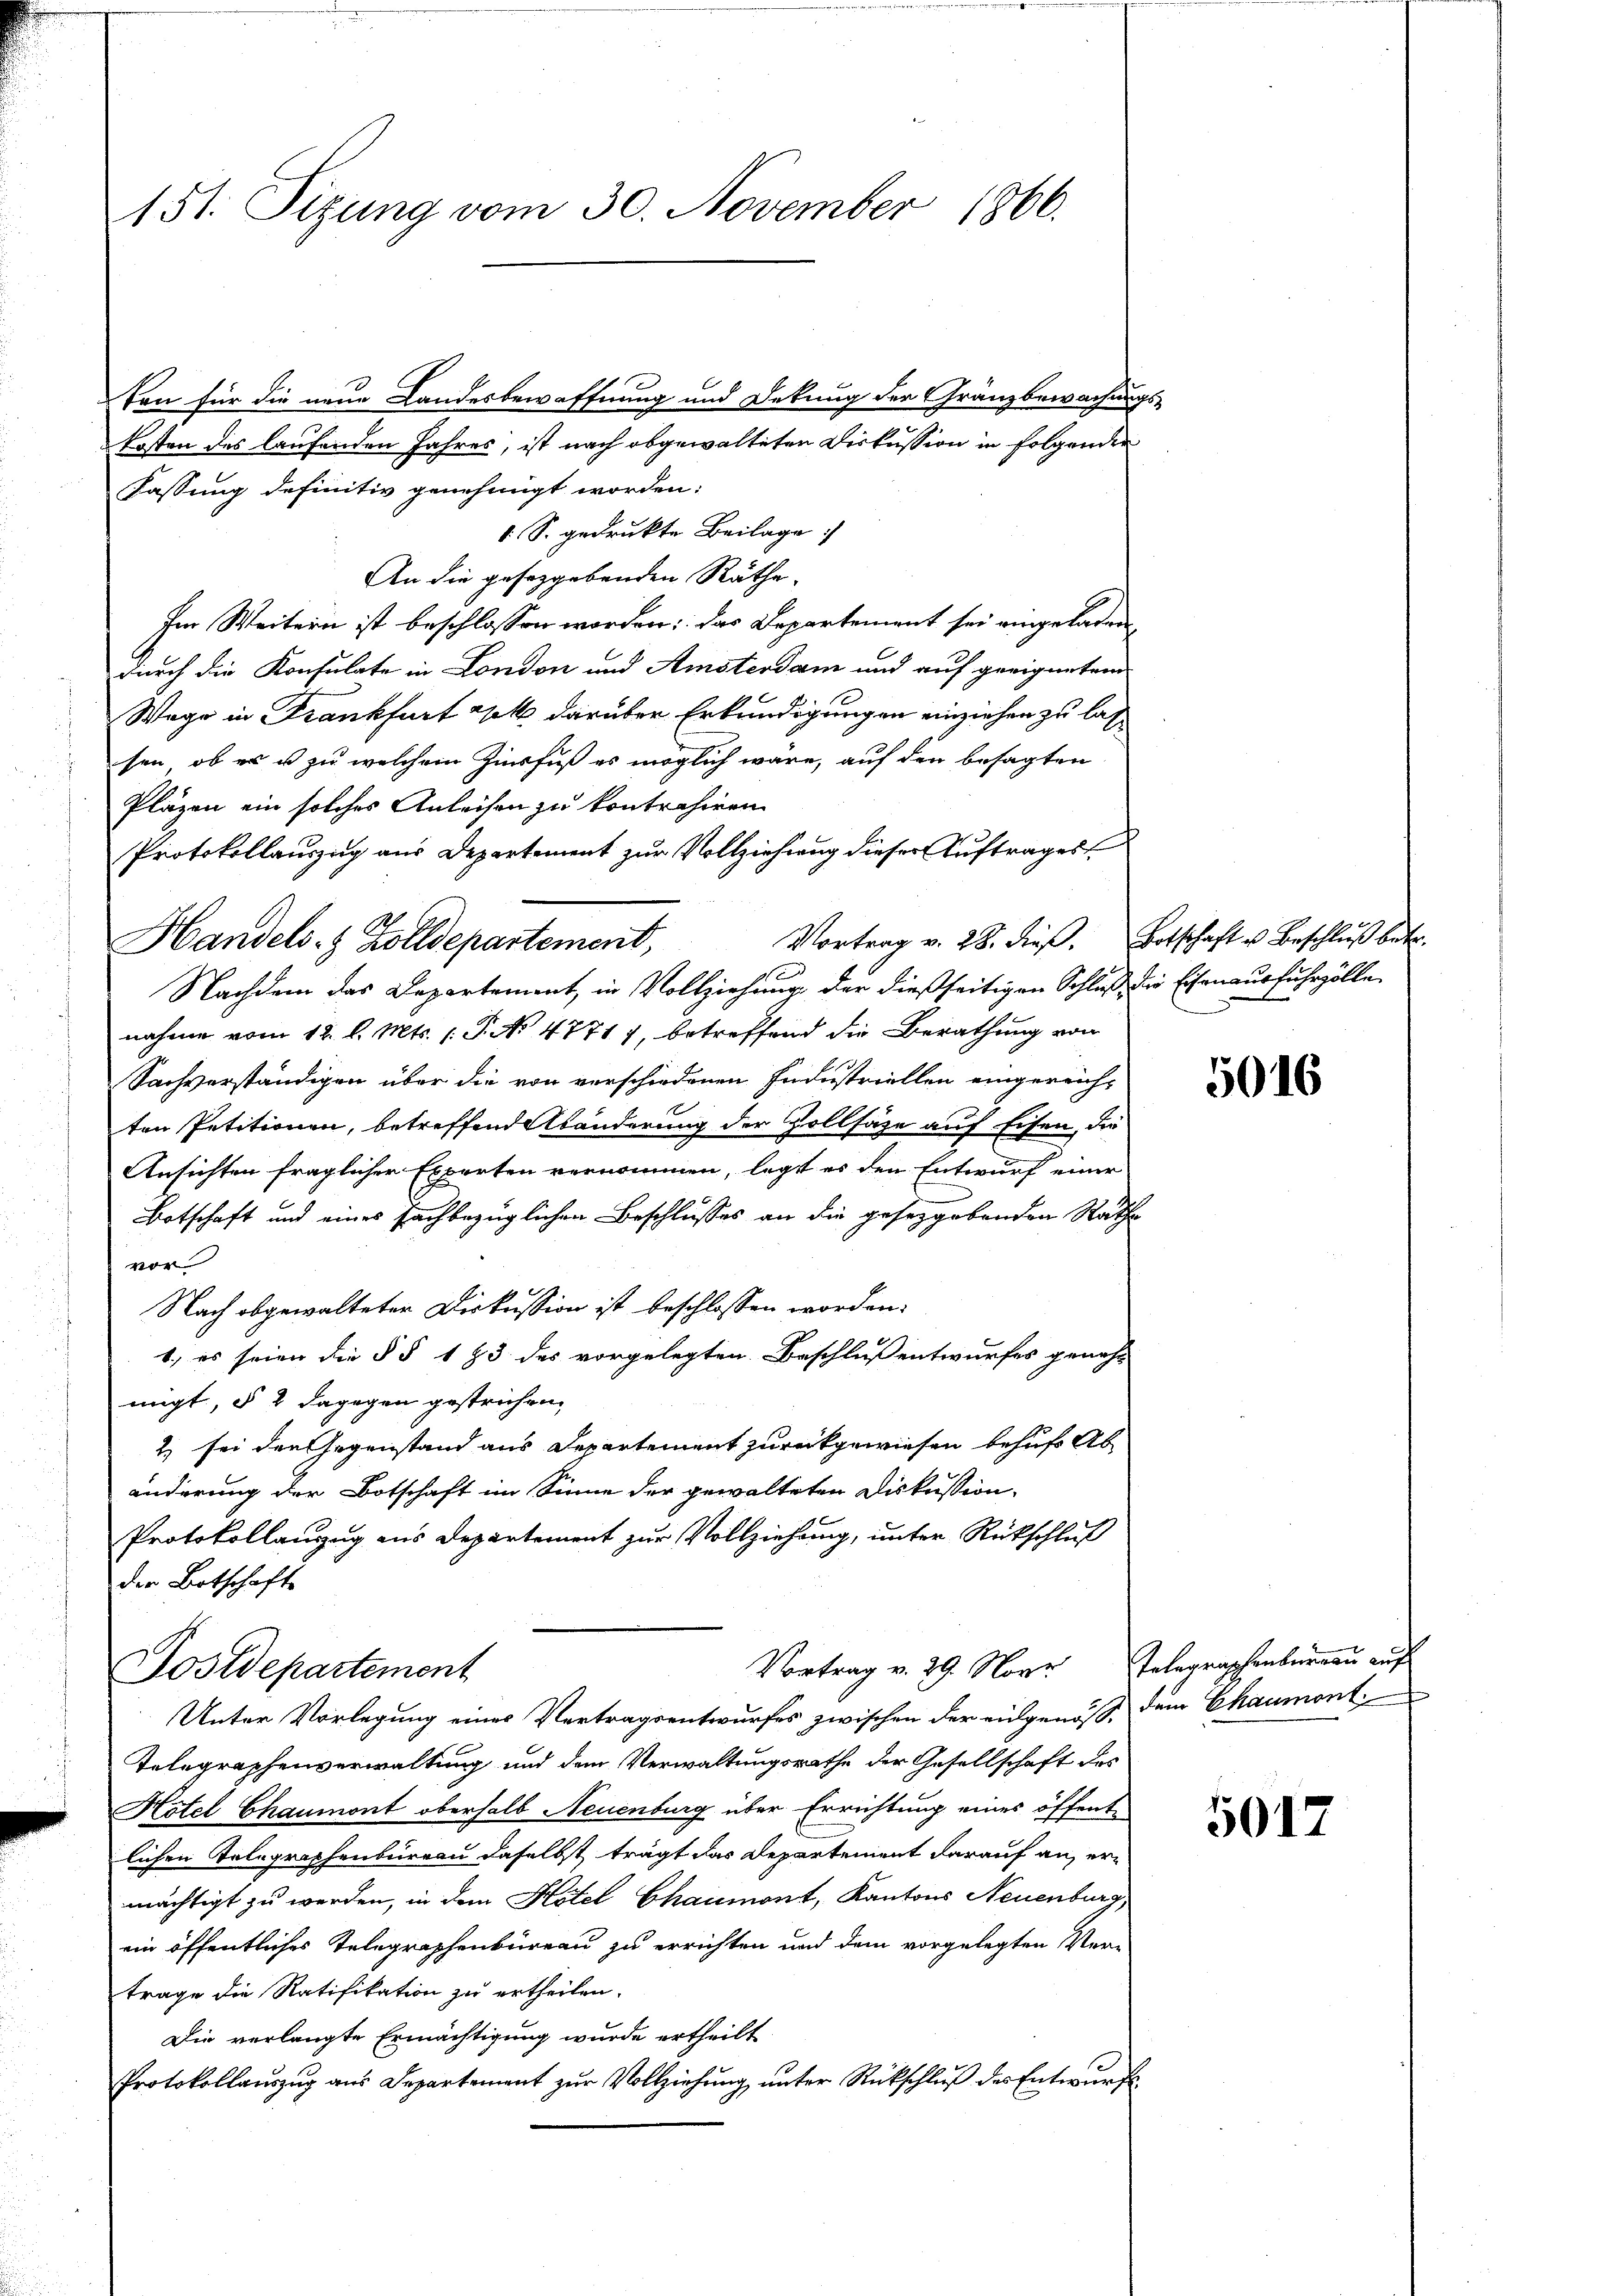
151. Sizung vom 30. November 1866.

Von für die neue Landesbewaffnung und Dekung der Gränzbewachungs-
Ersten des laufenden Jahres, ist nach abgewalteten Diskussion in folgenden
Fassung definitiv genehmigt worden:
1 S. gedrukte Beilage
An die geseggebenden Räthe.
Im Weitern ist beschlossen worden: das Departement sei eingeladen,
durch die Konsulate in London und Amsterdam und auf geeigneten
Wege in Frankfurt geht darüber Erkundigungen einziehen zu lassen, ob es u zu welchem Zinsfuß es möglich wäre, auf den besagten
Pläzen ein solches Anleisen zu kontrahiren.
Protokollauszug aus Departement zur Vollziehung dieser Auftrages
Vortrag v. 28. dieβ. Botschaft u Beschluß betr.
Nachdem das Departement, in Vollziehung der dießseitigen Schluß die Eisenausfuhrzölle
nahme vom 12. l. Mts. (T. No 4771), betreffend die Berathung von
Sachverständigen über die von verschiedenen Industriellen eingereichten Petitionen, betreffend Abänderung der Zollsäze auf Eisen, die
Ansichten fraglicher Experten vernommen, legt es den Entwurf einer
Botschaft und eines fachbezüglichen Beschlusses an die gesetzgebenden Rathe
vor
Nach abgewalteter Diskussion ist beschlossen worden.
1., es seien die § § 193 des vorgelegten Beschluß entwurfes geneh-
migt, § 2 dagegen gestrichen,
2) sei den Gegenstand aus Departement zurückgewiesen behufs Ab
änderung der Botschaft im Sinne der gewalteten Diskussion.
Protokollanzug aus Departement zur Vollziehung, unter Rückschluß
der Botschaft
Vortrag v. 29. Nove Telegraphenbernau auf
Postdepartement
Unter Vorlegung eines Vertragsentwurfes zwischen der eidgenöß, dem Chaumont
Telegraphenverwaltung und dem Verwaltungsrathe der Gesellschaft das
Hotel Chaumont oberhalb Neuenburg über Errichtung eines öffentlichen Telegraphenbüreau daselbst trägt das Departement darauf an, ermächtigt zu werden, in dem Hotel Chaumont, Kantons Neuenburg,
ein öffentliches Telegraphenbureau zu errichten und dem vorgelegten Ver-
trage die Ratifikation zu ertheilen.
Die verlangte Ermächtigung wurde ertheilt
Protokollauszug aus Departement zur Vollziehung unter Rückschluß des Entwurfe

Handels- & Zolldepartement,

.

5016

5017